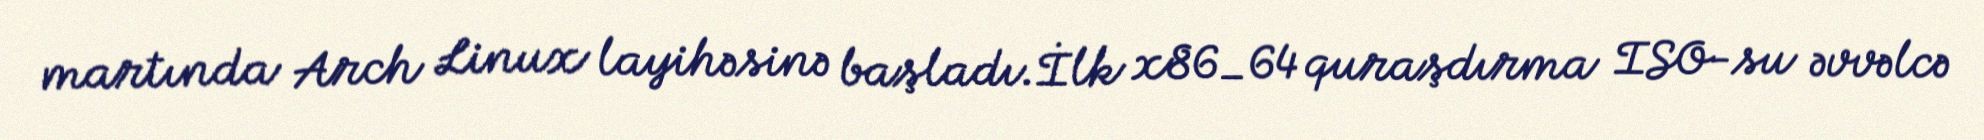
martında Arch Linux layihəsinə başladı.İlk x86_64 quraşdırma ISO-su əvvəlcə